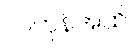
လကုန်အထိ